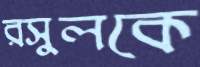
রসুলকে